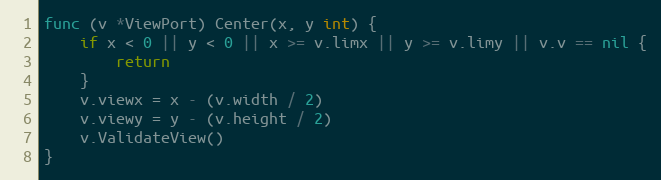
Language: Go
func (v *ViewPort) Center(x, y int) {
	if x < 0 || y < 0 || x >= v.limx || y >= v.limy || v.v == nil {
		return
	}
	v.viewx = x - (v.width / 2)
	v.viewy = y - (v.height / 2)
	v.ValidateView()
}